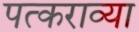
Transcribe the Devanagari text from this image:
पत्कराव्या